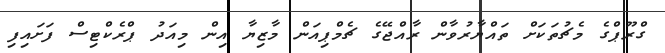
ގްރޫޕްގެ މެޗުތަކަށް ތައްޔާރުވާން ރާއްޖޭގެ ޗެމްޕިއަން މާޒިޔާ އިން މިއަދު ޕްރެކްޓިސް ފަށައިފި